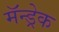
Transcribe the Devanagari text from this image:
मॅन्ड्रेक